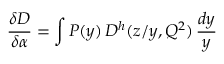
{ \frac { \delta D } { \delta \alpha } } = \int { \cal P } ( y ) \, D ^ { h } ( z / y , Q ^ { 2 } ) \, { \frac { d y } { y } }